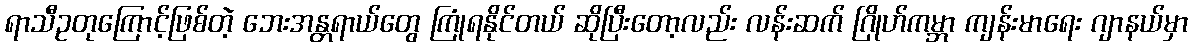
ရာသီဥတုကြောင့်ဖြစ်တဲ့ ဘေးအန္တရာယ်တွေ ကြုံရနိုင်တယ် ဆိုပြီးတော့လည်း လန်းဆက် ဂြိုဟ်ကမ္ဘာ ကျန်းမာရေး ဂျာနယ်မှာ